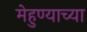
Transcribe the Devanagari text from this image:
मेहुण्याच्या